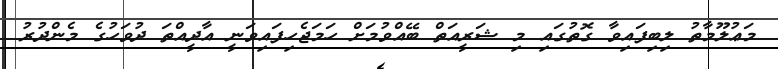
މަޢުލޫމާތު ލިބިފައިވާ ގޮތުގައި މި ޝަރީއަތް ބޭއްވުމަށް ހަމަޖެހިފައިވަނީ އާދީއްތަ ދުވަހުގެ މެންދުރު